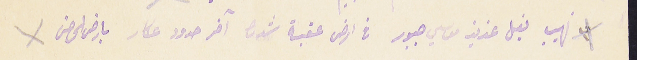
نهيب بغل عزيز موسي جبور في ارض عقبة شدرا آخر حدود عكار بارض الحصن